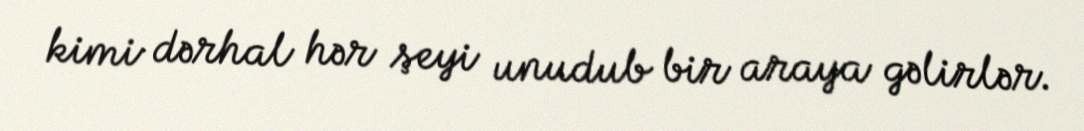
kimi dərhal hər şeyi unudub bir araya gəlirlər.